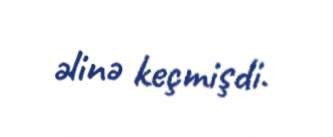
əlinə keçmişdi.